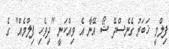
ފިލްމީ ޚަބަރު ގެނެސްދޭ ޝޯ އޭނާ އެ ވިއްކަނީ "ދިވެހި ފިލްމެއް" ގެ